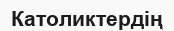
Католиктердің